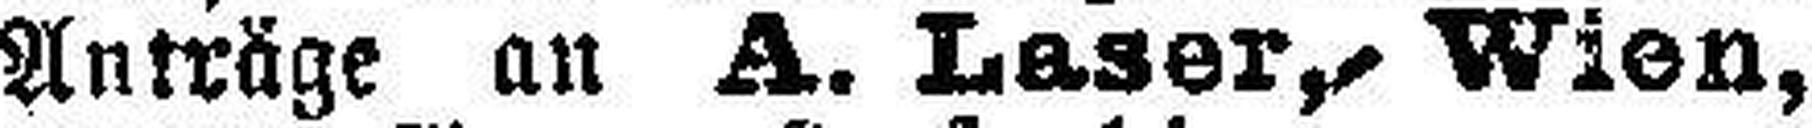
Anträge an A. Laser, Wien,